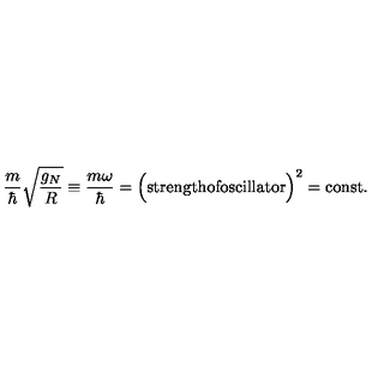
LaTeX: { \frac { m } { \hbar } } \sqrt { \frac { g _ { N } } { R } } \equiv { \frac { m \omega } { \hbar } } = \Bigl ( \mathrm { s t r e n g t h o f o s c i l l a t o r } \Bigr ) ^ { 2 } = \mathrm { c o n s t } .